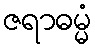
ဇရာဓမ္မံ